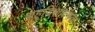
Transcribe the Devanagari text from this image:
बहुदिशात्मक